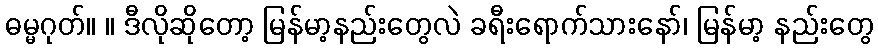
ဓမ္မဂုတ်။ ။ ဒီလိုဆိုတော့ မြန်မာ့နည်းတွေလဲ ခရီးရောက်သားနော်၊ မြန်မာ့ နည်းတွေ